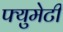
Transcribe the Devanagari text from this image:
फ्युमेटी